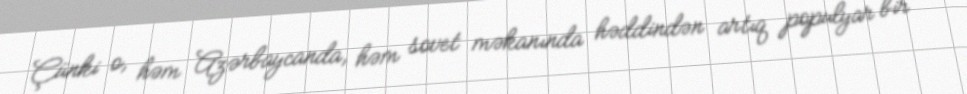
Çünki o, həm Azərbaycanda, həm sovet məkanında həddindən artıq populyar bir